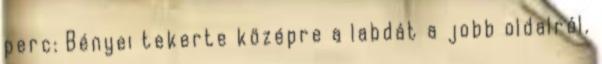
perc: Bényei tekerte középre a labdát a jobb oldalról,